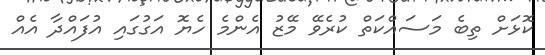
ކޮޅަށް ތިބެ މަސައްކަތް ކުރެވޭ މޭޒު އެންމެ ހެޔޮ އަގުގައި އުފައްދާ އެއް